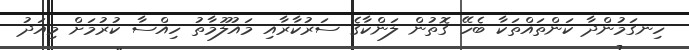
ހިނގަމުންދާ ކަންތައްތަކާ ބެހޭ ގޮތުން ލަންކާގެ ސަރުކާރާއި މައުލޫމާތު ހިއްސާ ކުރުމަށް މިއަދު